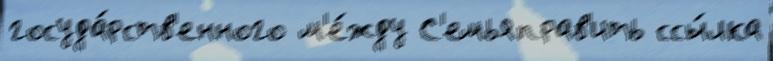
госуда́рств'енного м'е́жду С'емьяправ'ить ссы́лка